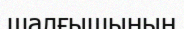
шалғышының